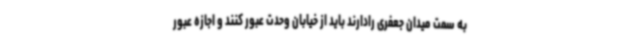
به سمت میدان جعفری رادارند باید از خیابان وحدت عبور کنند و اجازه عبور